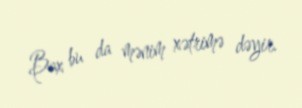
Bax bu da mənim xətrimə dəyir.